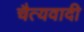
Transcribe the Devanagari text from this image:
चैत्यवादी